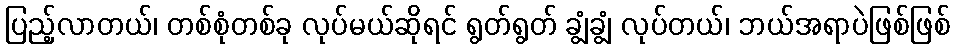
ပြည့်လာတယ်၊ တစ်စုံတစ်ခု လုပ်မယ်ဆိုရင် ရွတ်ရွတ် ချွံချွံ လုပ်တယ်၊ ဘယ်အရာပဲဖြစ်ဖြစ်